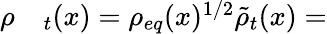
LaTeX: \begin{array}{rl}{\rho}&{{}_t(x)=\rho_{eq}(x)^{1/2}\tilde{\rho}_{t}(x)=}\end{array}